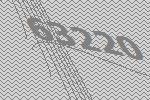
63220